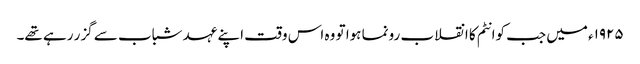
١٩٢٥ء میں جب کوانٹم کا انقلاب رونما ہوا تو وہ اس وقت اپنے عہد شباب سے گزر رہے تھے۔